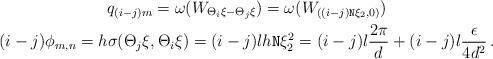
LaTeX: \begin{gather*} q_{(i-j)m} = \omega(W_{ \Theta_{i } \xi- \Theta_{j} \xi}) = \omega(W_{((i - j)\mathtt{N} \xi_2 , 0 )})\\(i-j) \phi_{m,n} = h \sigma(\Theta_{j} \xi , \Theta_{i} \xi) = (i - j) l h \mathtt{N}\xi_2^2 = (i - j) l \frac{2\pi}{d} + (i - j) l\frac{\epsilon}{4d^2} \,.\end{gather*}